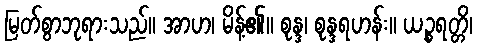
မြတ်စွာဘုရားသည်။ အာဟ၊ မိန့်၏။ စုန္ဒ၊ စုန္ဒရဟန်း။ ယဉ္စရတ္တိ၊